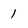
Character: 1